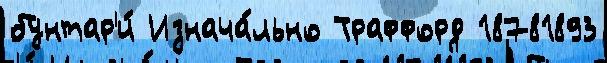
бунтар'и́ Изнача́льно Траффорд 18781893